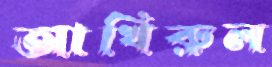
আখিরুল